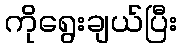
ကိုရွေးချယ်ပြီး